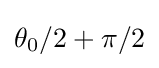
\theta _{0}/2+\pi /2